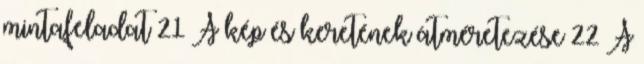
mintafeladat 21 A kép és keretének átméretezése 22 A